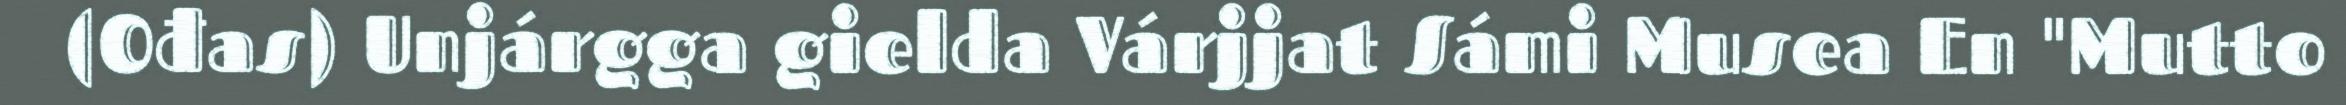
(Ođas) Unjárgga gielda Várjjat Sámi Musea En "Mutto